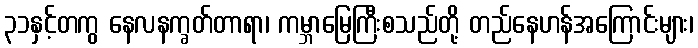
၃၁နှင့်တကွ နေလနက္ခတ်တာရာ၊ ကမ္ဘာမြေကြီးစသည်တို့ တည်နေဟန်အကြောင်းများ၊